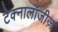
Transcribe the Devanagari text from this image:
टेक्नालॉजीज़